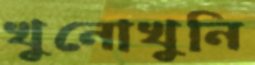
খুনোখুনি